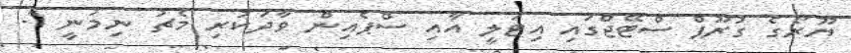
ޔޫރޯގެ ގުރޫޕް ސްޓޭޖްގައި އިޓަލީ އާއި ސްޕެއިން ވާދަކުރި މެޗު ނިމުނީ 1-